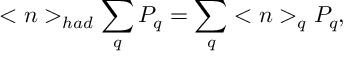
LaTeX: < n > _ { h a d } \sum _ { q } P _ { q } = \sum _ { q } < n > _ { q } P _ { q } ,